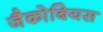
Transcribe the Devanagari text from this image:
जैकोबियस